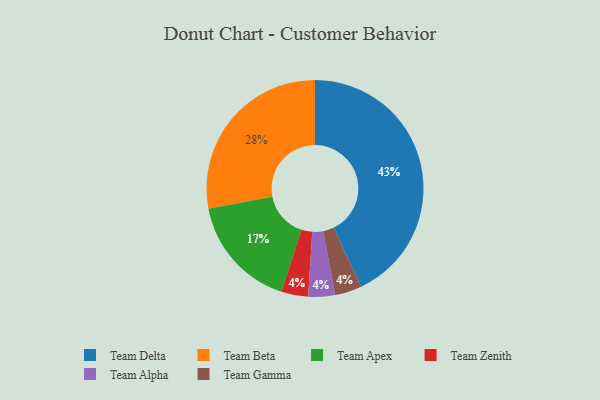
{"axis": {"x": "Category", "y": "Percentage"}, "legend": ["Team Alpha", "Team Apex", "Team Beta", "Team Delta", "Team Gamma", "Team Zenith"], "data": [{"x": "Team Zenith", "y": 4, "type": "Team Zenith"}, {"x": "Team Delta", "y": 43, "type": "Team Delta"}, {"x": "Team Beta", "y": 28, "type": "Team Beta"}, {"x": "Team Alpha", "y": 4, "type": "Team Alpha"}, {"x": "Team Gamma", "y": 4, "type": "Team Gamma"}, {"x": "Team Apex", "y": 17, "type": "Team Apex"}]}